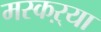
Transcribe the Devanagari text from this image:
मस्कऱ्या